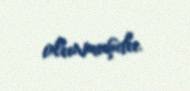
olunmuşdu.